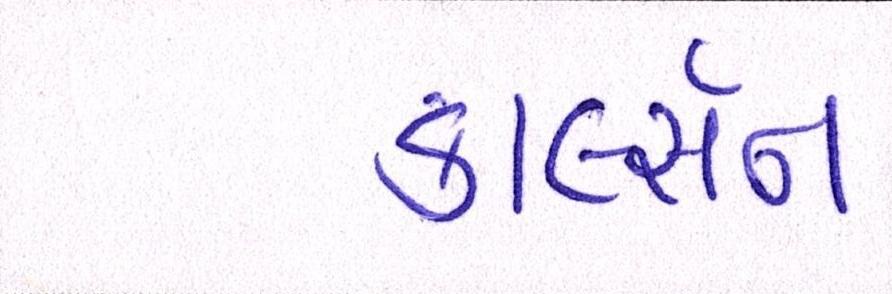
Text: કાર્લ્સન